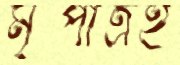
মৃত্পাত্রই